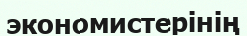
экономистерінің